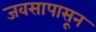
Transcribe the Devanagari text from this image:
जवसापासून